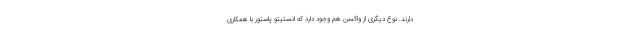
دارند. نوع دیگری از واکسن هم وجود دارد که انستیتو پاستور با همکاری